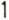
1